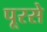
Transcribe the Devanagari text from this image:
पूरसे